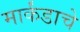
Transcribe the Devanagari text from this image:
मार्कंडाचे